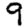
Digit: 9